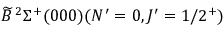
\widetilde { B } \, ^ { 2 } \Sigma ^ { + } ( 0 0 0 ) ( N ^ { \prime } = 0 , J ^ { \prime } = 1 / 2 ^ { + } )